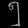
Digit: ၅